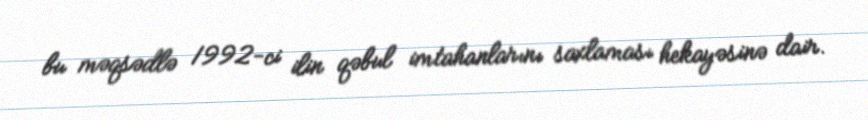
bu məqsədlə 1992-ci ilin qəbul imtahanlarını saxlaması hekayəsinə dair.